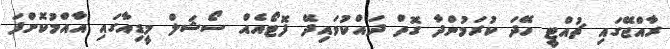
ރާއްޖޭގައި ޗުއްޓީ ހޭދަ ކުރަމުންދާ ގޮތް ދައްކުވައިދޭ ފޮޓޯއެއް ސޯޝަލް މީޑިއާގައި އާއްމުކޮށްފަ